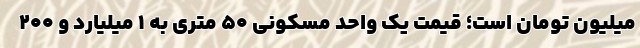
میلیون تومان است؛ قیمت یک واحد مسکونی ۵۰ متری به ۱ میلیارد و ۲۰۰